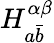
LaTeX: H_{a{\bar{b}}}^{\alpha\beta}